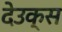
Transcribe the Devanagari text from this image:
देउक्स